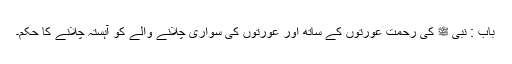
باب : نبی ﷺ کی رحمت عورتوں کے ساتھ اور عورتوں کی سواری چلانے والے کو آہستہ چلانے کا حکم۔